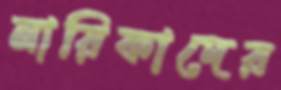
নায়িকাদের